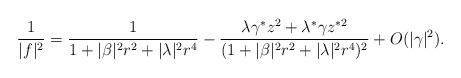
LaTeX: \begin{align*}\frac{1}{|f|^2} = \frac{1}{1+|\beta|^2 r^2 + |\lambda|^2 r^4}- \frac{\lambda \gamma^{*} z^2 + \lambda^{*} \gamma z^{*2}} {(1+|\beta|^2 r^2 + |\lambda|^2 r^4)^2} + O(\vert\gamma\vert^2).\end{align*}